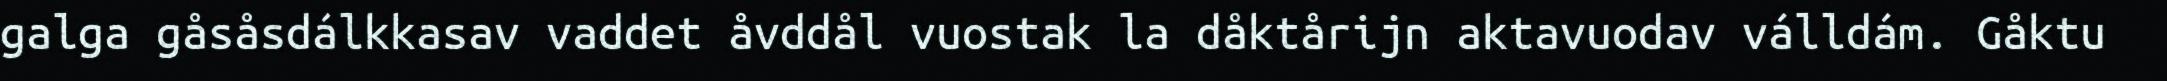
galga gåsåsdálkkasav vaddet åvddål vuostak la dåktårijn aktavuodav válldám. Gåktu